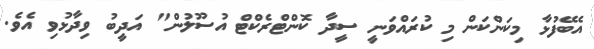
އެބޭފުޅާ މިކަންކަން މި ކުރައްވަނީ ސީދާ ކޮންޓްރެކްޓް އުސޫލުން" އަދީބު ވިދާޅުވި އެވެ.